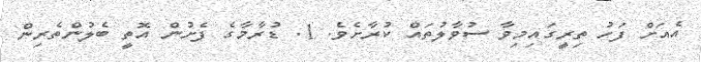
އެއަށް ފަހު ތިރީގައިމިވާ ސުވާލުތައް ކުރާށެވެ. 1. ޑުރާމާގެ ފެށުން އޮތީ ބެލުންތެރިން